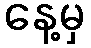
နေ့မှ